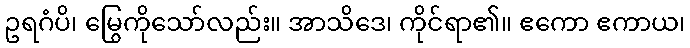
ဥရဂံပိ၊ မြွေကိုသော်လည်း။ အာသိဒေ၊ ကိုင်ရာ၏။ ဧကော ဧကာယ၊